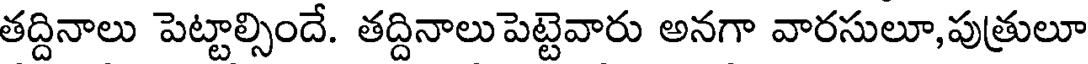
తద్దినాలు పెట్టాల్సిందే. తద్దినాలుపెట్టెవారు అనగా వారసులూ,పుత్రులూ